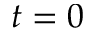
t = 0